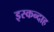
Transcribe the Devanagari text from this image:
इस्कन्दाह